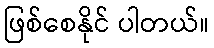
ဖြစ်စေနိုင် ပါတယ်။